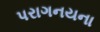
પરાગનયના